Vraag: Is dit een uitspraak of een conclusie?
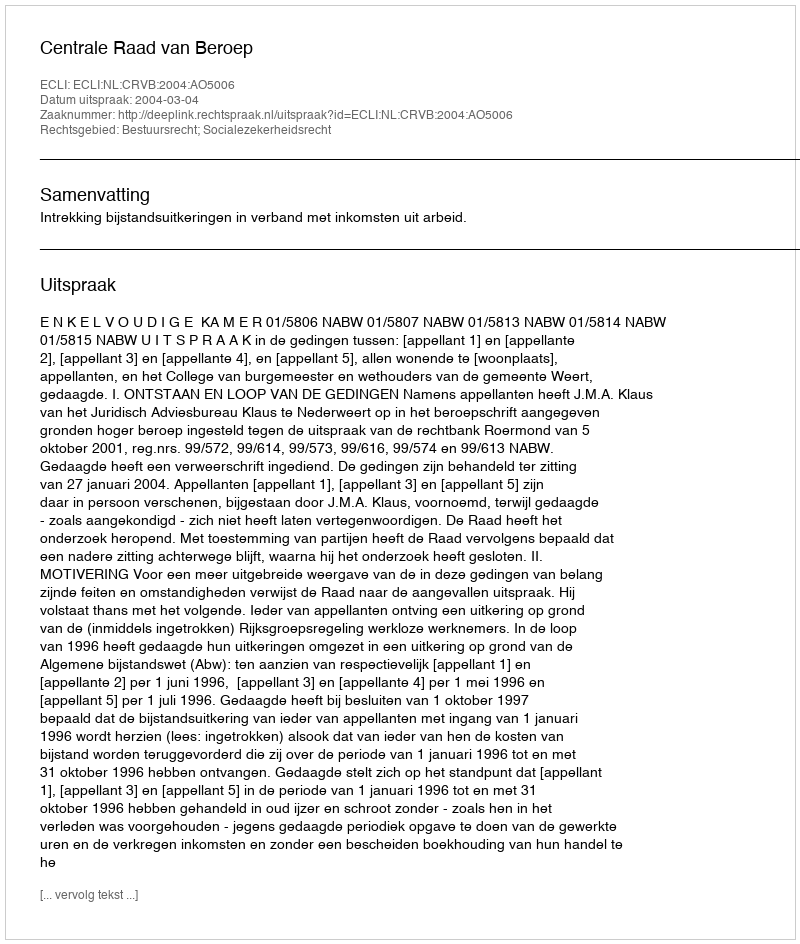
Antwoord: Uitspraak